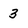
Character: 3